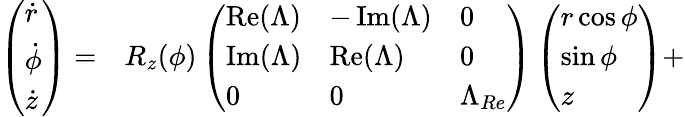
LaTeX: \begin{array}{rl}{\left(\begin{array}{l}{\dot{r}}\\ {\dot{\phi}}\\ {\dot{z}}\end{array}\right)=}&{{}R_{z}(\phi)\left(\begin{array}{lll}{\operatorname{Re}(\Lambda)}&{-\operatorname{Im}(\Lambda)}&{0}\\ {\operatorname{Im}(\Lambda)}&{\operatorname{Re}(\Lambda)}&{0}\\ {0}&{0}&{\Lambda_{Re}}\end{array}\right)\left(\begin{array}{l}{r\cos\phi}\\ {\sin\phi}\\ {z}\end{array}\right)+}\end{array}